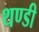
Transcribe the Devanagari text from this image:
थण्डी